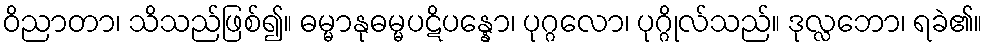
ဝိညာတာ၊ သိသည်ဖြစ်၍။ ဓမ္မာနုဓမ္မပဋိပန္နော၊ ပုဂ္ဂလော၊ ပုဂ္ဂိုလ်သည်။ ဒုလ္လဘော၊ ရခဲ၏။